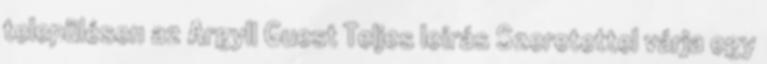
településen az Argyll Guest Teljes leírás Szeretettel várja egy